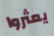
يعثروا